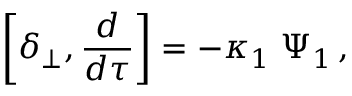
\left[ \delta _ { \perp } , { \frac { d } { d \tau } } \right] = - \kappa _ { 1 } \; \Psi _ { 1 } \, ,